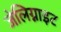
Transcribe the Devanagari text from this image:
जेलिग्नाइट